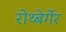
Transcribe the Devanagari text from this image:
रोथ्बेर्गेर